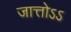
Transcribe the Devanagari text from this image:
जात्तोऽऽ